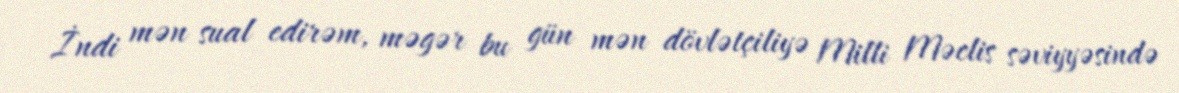
İndi mən sual edirəm, məgər bu gün mən dövlətçiliyə Milli Məclis səviyyəsində